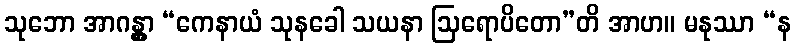
သုဘော အာဂန္တွာ “ကေနာယံ သုနခေါ သယနာ ဩရောပိတော”တိ အာဟ။ မနုဿာ “န